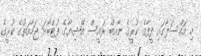
މި މައްސަލާގައި ފީފާގެ ކުރީގެ ނާއިބް ރައީސް އޭޝިޔާގެ ފުޓްބޯޅަ ޖަމާއަތުގެ ކުރީގެ